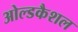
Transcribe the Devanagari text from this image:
ओल्डकैशल